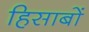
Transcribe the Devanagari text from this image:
हिसाबों